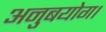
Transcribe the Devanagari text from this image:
अनुबयोग।